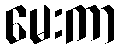
မေးကာ